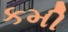
કમી